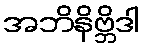
အဘိနိဗ္ဘိဒါ